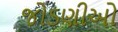
જોડણીઓ